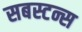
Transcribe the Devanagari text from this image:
सबस्टन्स